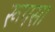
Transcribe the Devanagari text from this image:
रूपसा